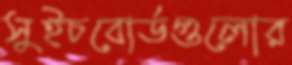
সুইচবোর্ডগুলোর